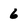
Character: 6